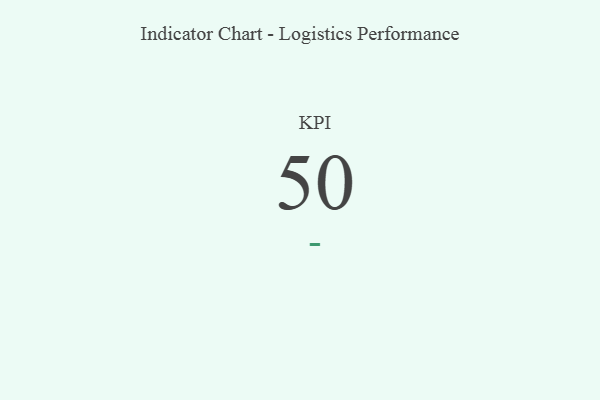
{"axis": {"x": "KPI", "y": "Value"}, "legend": [""], "data": [{"x": "KPI", "y": 50, "type": ""}]}